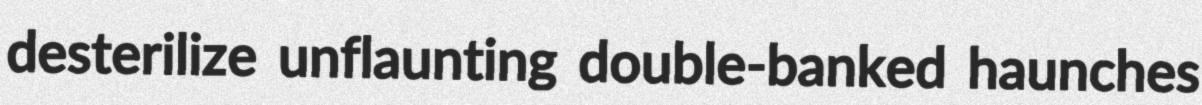
desterilize unflaunting double-banked haunches